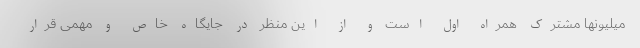
میلیونها مشترک همراه اول است و از این منظر در جایگاه خاص و مهمی قرار